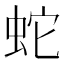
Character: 蛇